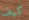
كيف